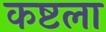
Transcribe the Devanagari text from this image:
कष्टला